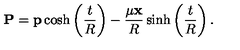
{ \bf P } = { \bf p } \cosh \left( \frac { t } { R } \right) - \frac { \mu { \bf x } } { R } \sinh \left( \frac { t } { R } \right) .